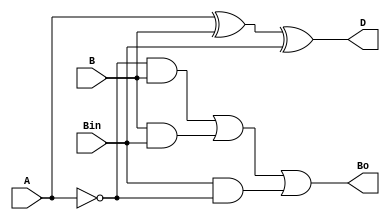
module subtractor(A, B, Bin, D, Bo);
  input A, B, Bin;
  output D, Bo;
  assign D = A ^ B ^ Bin;
  assign Bo = ((~A) & B) | (B & Bin) | (Bin &(~A));
endmodule